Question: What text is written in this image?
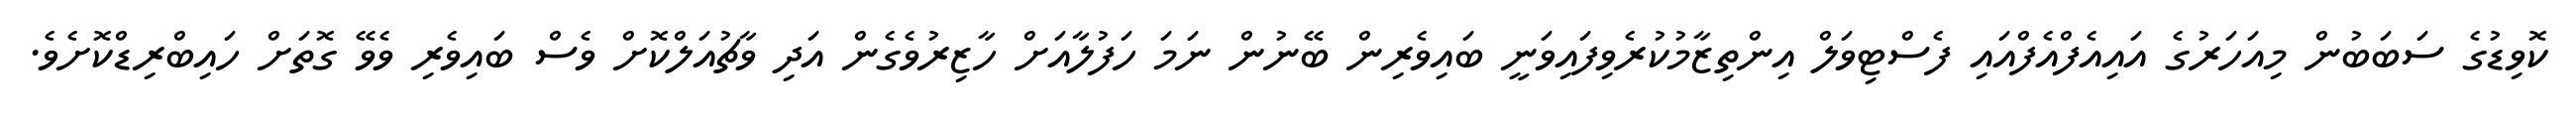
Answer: ކޮވިޑުގެ ސަބަބުން މިއަހަރުގެ އައިއެފްއެފްއައި ފެސްޓިވަލް އިންތިޒާމުކުރެވިފައިވަނީ ބައިވެރިން ބޭނުން ނަމަ ހަފުލާއަށް ހާޒިރުވެގެން އަދި ވާޗުއަލްކޮށް ވެސް ބައިވެރި ވެވޭ ގޮތަށް ހައިބްރިޑްކޮށެވެ.